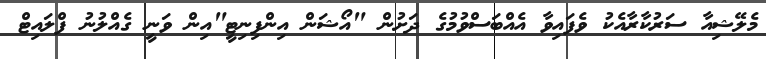
މެލޭޝިއާ ސަރުކާރާއެކު ވެފައިވާ އެއްބަސްވުމުގެ ދަށުން "އޯޝަން އިންފިނިޓީ"އިން ވަނީ ގެއްލުނު ފްލައިޓް